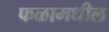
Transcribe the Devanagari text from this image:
फळामधील